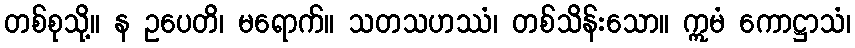
တစ်စုသို့။ န ဥပေတိ၊ မရောက်။ သတသဟဿံ၊ တစ်သိန်းသော။ ဣမံ ကောဋ္ဌာသံ၊